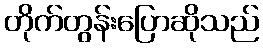
တိုက်တွန်းပြောဆိုသည်